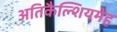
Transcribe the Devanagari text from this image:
अतिकैल्शियमेह